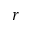
r